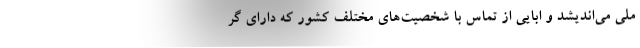
ملی می‌اندیشد و ابایی از تماس با شخصیت‌های مختلف کشور که دارای گر